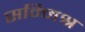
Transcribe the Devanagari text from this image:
सम्‍मिश्र